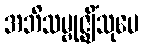
အဘိသမ္ဗုဇ္ဈိံသုပေ